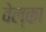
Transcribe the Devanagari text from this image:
वेल्का